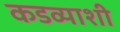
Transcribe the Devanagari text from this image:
कडव्याशी